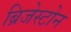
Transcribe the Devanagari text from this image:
ब्रिजेस्टोन